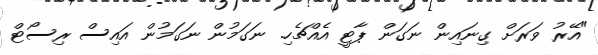
"އޭރު ވަރަށް ގިނައިން ނަގަން ޕާޓީ އެއްޗެހި. ނަގަމުން ނަގަމުން އައިސް ރިސޯޓް